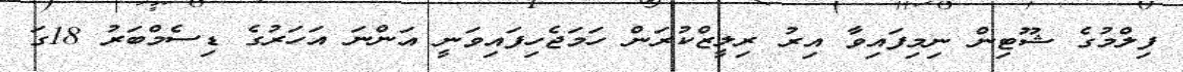
ފިލްމުގެ ޝޫޓިން ނިމިފައިވާ އިރު ރިލީޒްކުރަން ހަމަޖެހިފައިވަނީ އަންނަ އަހަރުގެ ޑިސެމްބަރު 18ގަ